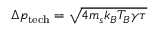
\Delta p _ { \mathrm { t e c h } } = \sqrt { 4 m _ { s } k _ { B } T _ { B } \gamma \tau }